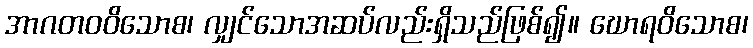
အာဂတဝဝိသောစ၊ လျှင်သောအဆပ်လည်းရှိသည်ဖြစ်၍။ ဃောရဝိသောစ၊